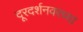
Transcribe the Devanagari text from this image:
दूरदर्शनवरच्या